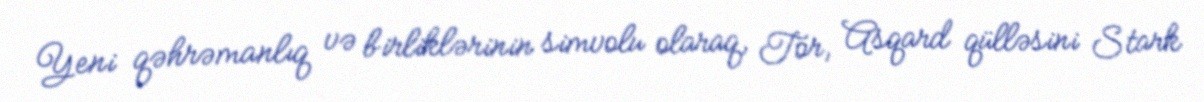
Yeni qəhrəmanlıq və birliklərinin simvolu olaraq, Tor, Asqard qülləsini Stark